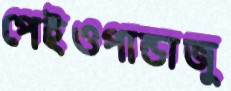
পেইওপান্ডাজু